Annual administration report of the Civil Veterinary Department, Ajmere-Merwara, British Rajputana - 1914-1940
Year: 1914
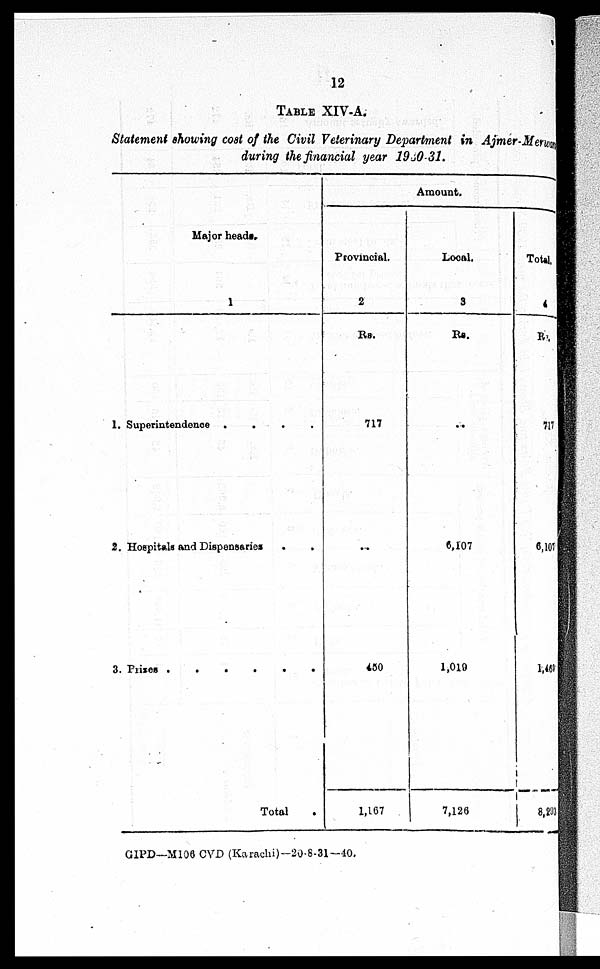
12
TABLE XIV-A.
Statement showing cost of the Civil Veterinary Department in Ajmer-Merwar
during the financial year 1930-31.
Major heads.
1
1. Superintendence .
.
.
2. Hospitals and Dispensaries . . .
3. Prizes .
.
.
.
.
.
Total .
Amount.
Provincial.
2
Rs.
717
...
450
1,167
Local.
3
Rs.
...
6,107
1,019
7,126
Total.
4
Rs.
717
6,107
1,468
8,203
GIPD—M106 CVD (Karachi)-20-8-31—40.